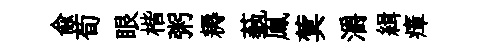
兪荀眼楷粥耨蓺鳯蓂灂緝瘴